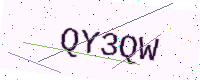
Text: QY3QW